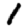
Digit: 1